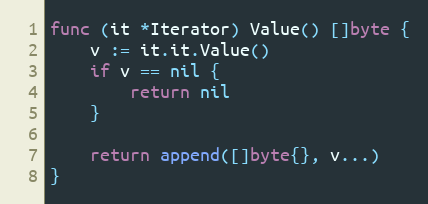
Language: Go
func (it *Iterator) Value() []byte {
	v := it.it.Value()
	if v == nil {
		return nil
	}

	return append([]byte{}, v...)
}